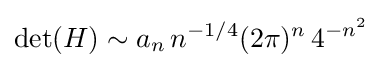
\det(H)\sim a_{n}\,n^{-1/4}(2\pi )^{n}\,4^{-n^{2}}